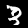
Digit: 3